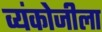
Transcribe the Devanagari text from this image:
व्यंकोजीला